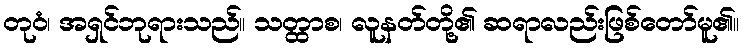
တုဝံ၊ အရှင်ဘုရားသည်။ သတ္ထာစ၊ လူနတ်တို့၏ ဆရာလည်းဖြစ်တော်မူ၏။